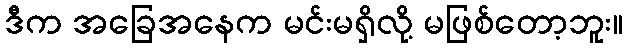
ဒီက အခြေအနေက မင်းမရှိလို့ မဖြစ်တော့ဘူး။